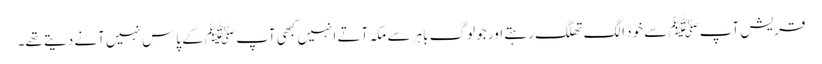
قریش آپﷺ سے خود الگ تھلگ رہتے اور جو لوگ باہر سے مکہ آتے انہیں کبھی آپﷺ کے پاس نہیں آنے دیتے تھے۔